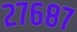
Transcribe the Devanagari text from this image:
२७६८७